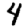
Digit: 4